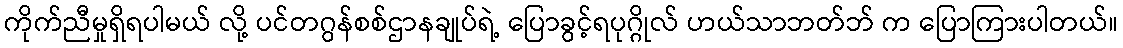
ကိုက်ညီမှုရှိရပါမယ် လို့ ပင်တဂွန်စစ်ဌာနချုပ်ရဲ့ ပြောခွင့်ရပုဂ္ဂိုလ် ဟယ်သာဘတ်ဘ် က ပြောကြားပါတယ်။